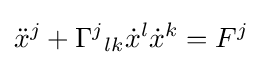
{\ddot {x}}^{j}+\Gamma ^{j}{}_{lk}{\dot {x}}^{l}{\dot {x}}^{k}=F^{j}